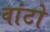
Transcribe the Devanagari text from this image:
वांटो